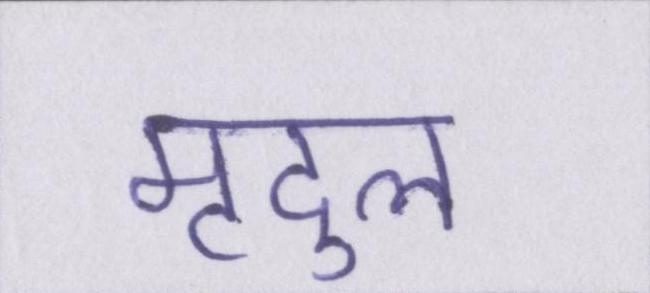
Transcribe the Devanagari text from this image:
मृदुल